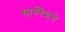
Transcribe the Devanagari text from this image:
खार्कीव्हचे